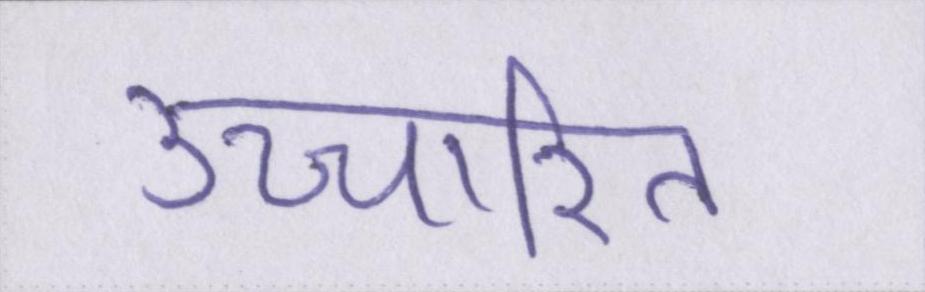
उच्चारित